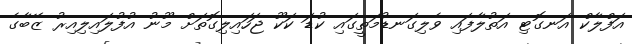
އަފްލާކް އަނގޮޓި އަތުލާފައި ވެލިގަނޑުމަތީގައި ކުޑަ ކަކޫ ޖަހައިލިގޮތަށް މޫނު އުފުލައިލިއިރު ޒޭބާގެ